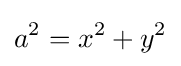
a^{2}=x^{2}+y^{2}